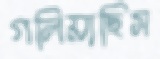
গলিয়াছিস